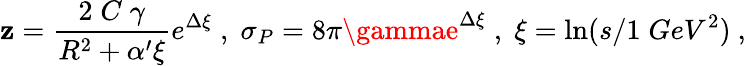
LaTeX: \mathbf{z}=\frac{{2\; C\; \gamma}}{{R^{2}+\alpha^{\prime}\xi}}e^{\Delta\xi}\; ,\; \sigma_{P}=8\pi\gammae^{\Delta\xi}\; ,\; \xi=\ln(s/1\; GeV^{2})\ ,